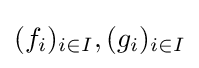
(f_{i})_{i\in I},(g_{i})_{i\in I}